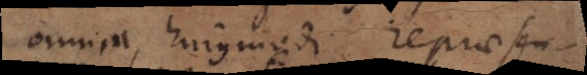
omnia, hujusmodi repraesen